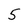
Character: 5